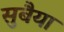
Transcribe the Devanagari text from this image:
सुबैया